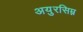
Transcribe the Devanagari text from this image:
अयुरसिम्न